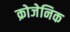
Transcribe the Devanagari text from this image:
क्रोजेनिक